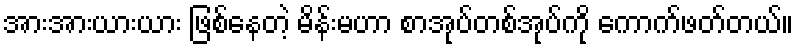
အားအားယားယား ဖြစ်နေတဲ့ မိန်းမဟာ စာအုပ်တစ်အုပ်ကို ကောက်ဖတ်တယ်။